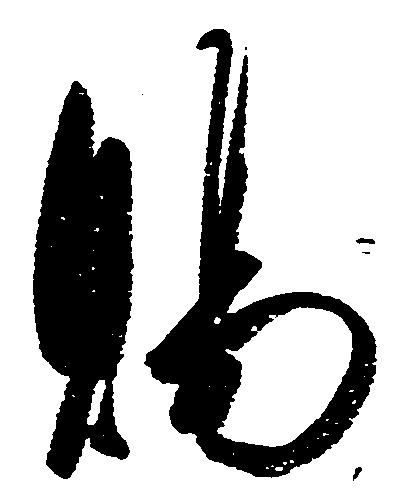
賜